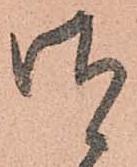
御